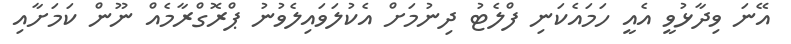
އޭނަ ވިދާޅުވީ އެއީ ހަމައެކަނި ފްލެޓު ދިނުމަށް އެކުލަވައިލެވުނު ޕްރޮގްރާމެއް ނޫން ކަމަށާއި